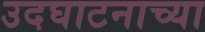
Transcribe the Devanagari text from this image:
उदघाटनाच्या